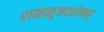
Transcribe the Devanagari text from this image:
रामानुजदर्शनम्